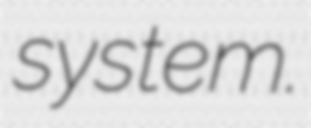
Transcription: system.